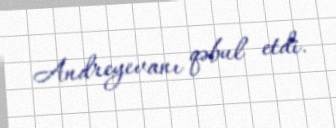
Andreyevanı qəbul etdi.